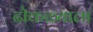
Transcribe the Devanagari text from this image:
ढोकळ्याला